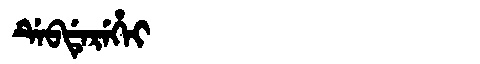
Manchu: ᡩᡝᠪᡩᡝᡵᡝᡥᡝᡳ
Romanization: DEBDEREHEI